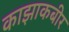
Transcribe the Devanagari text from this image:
काझाकबीर